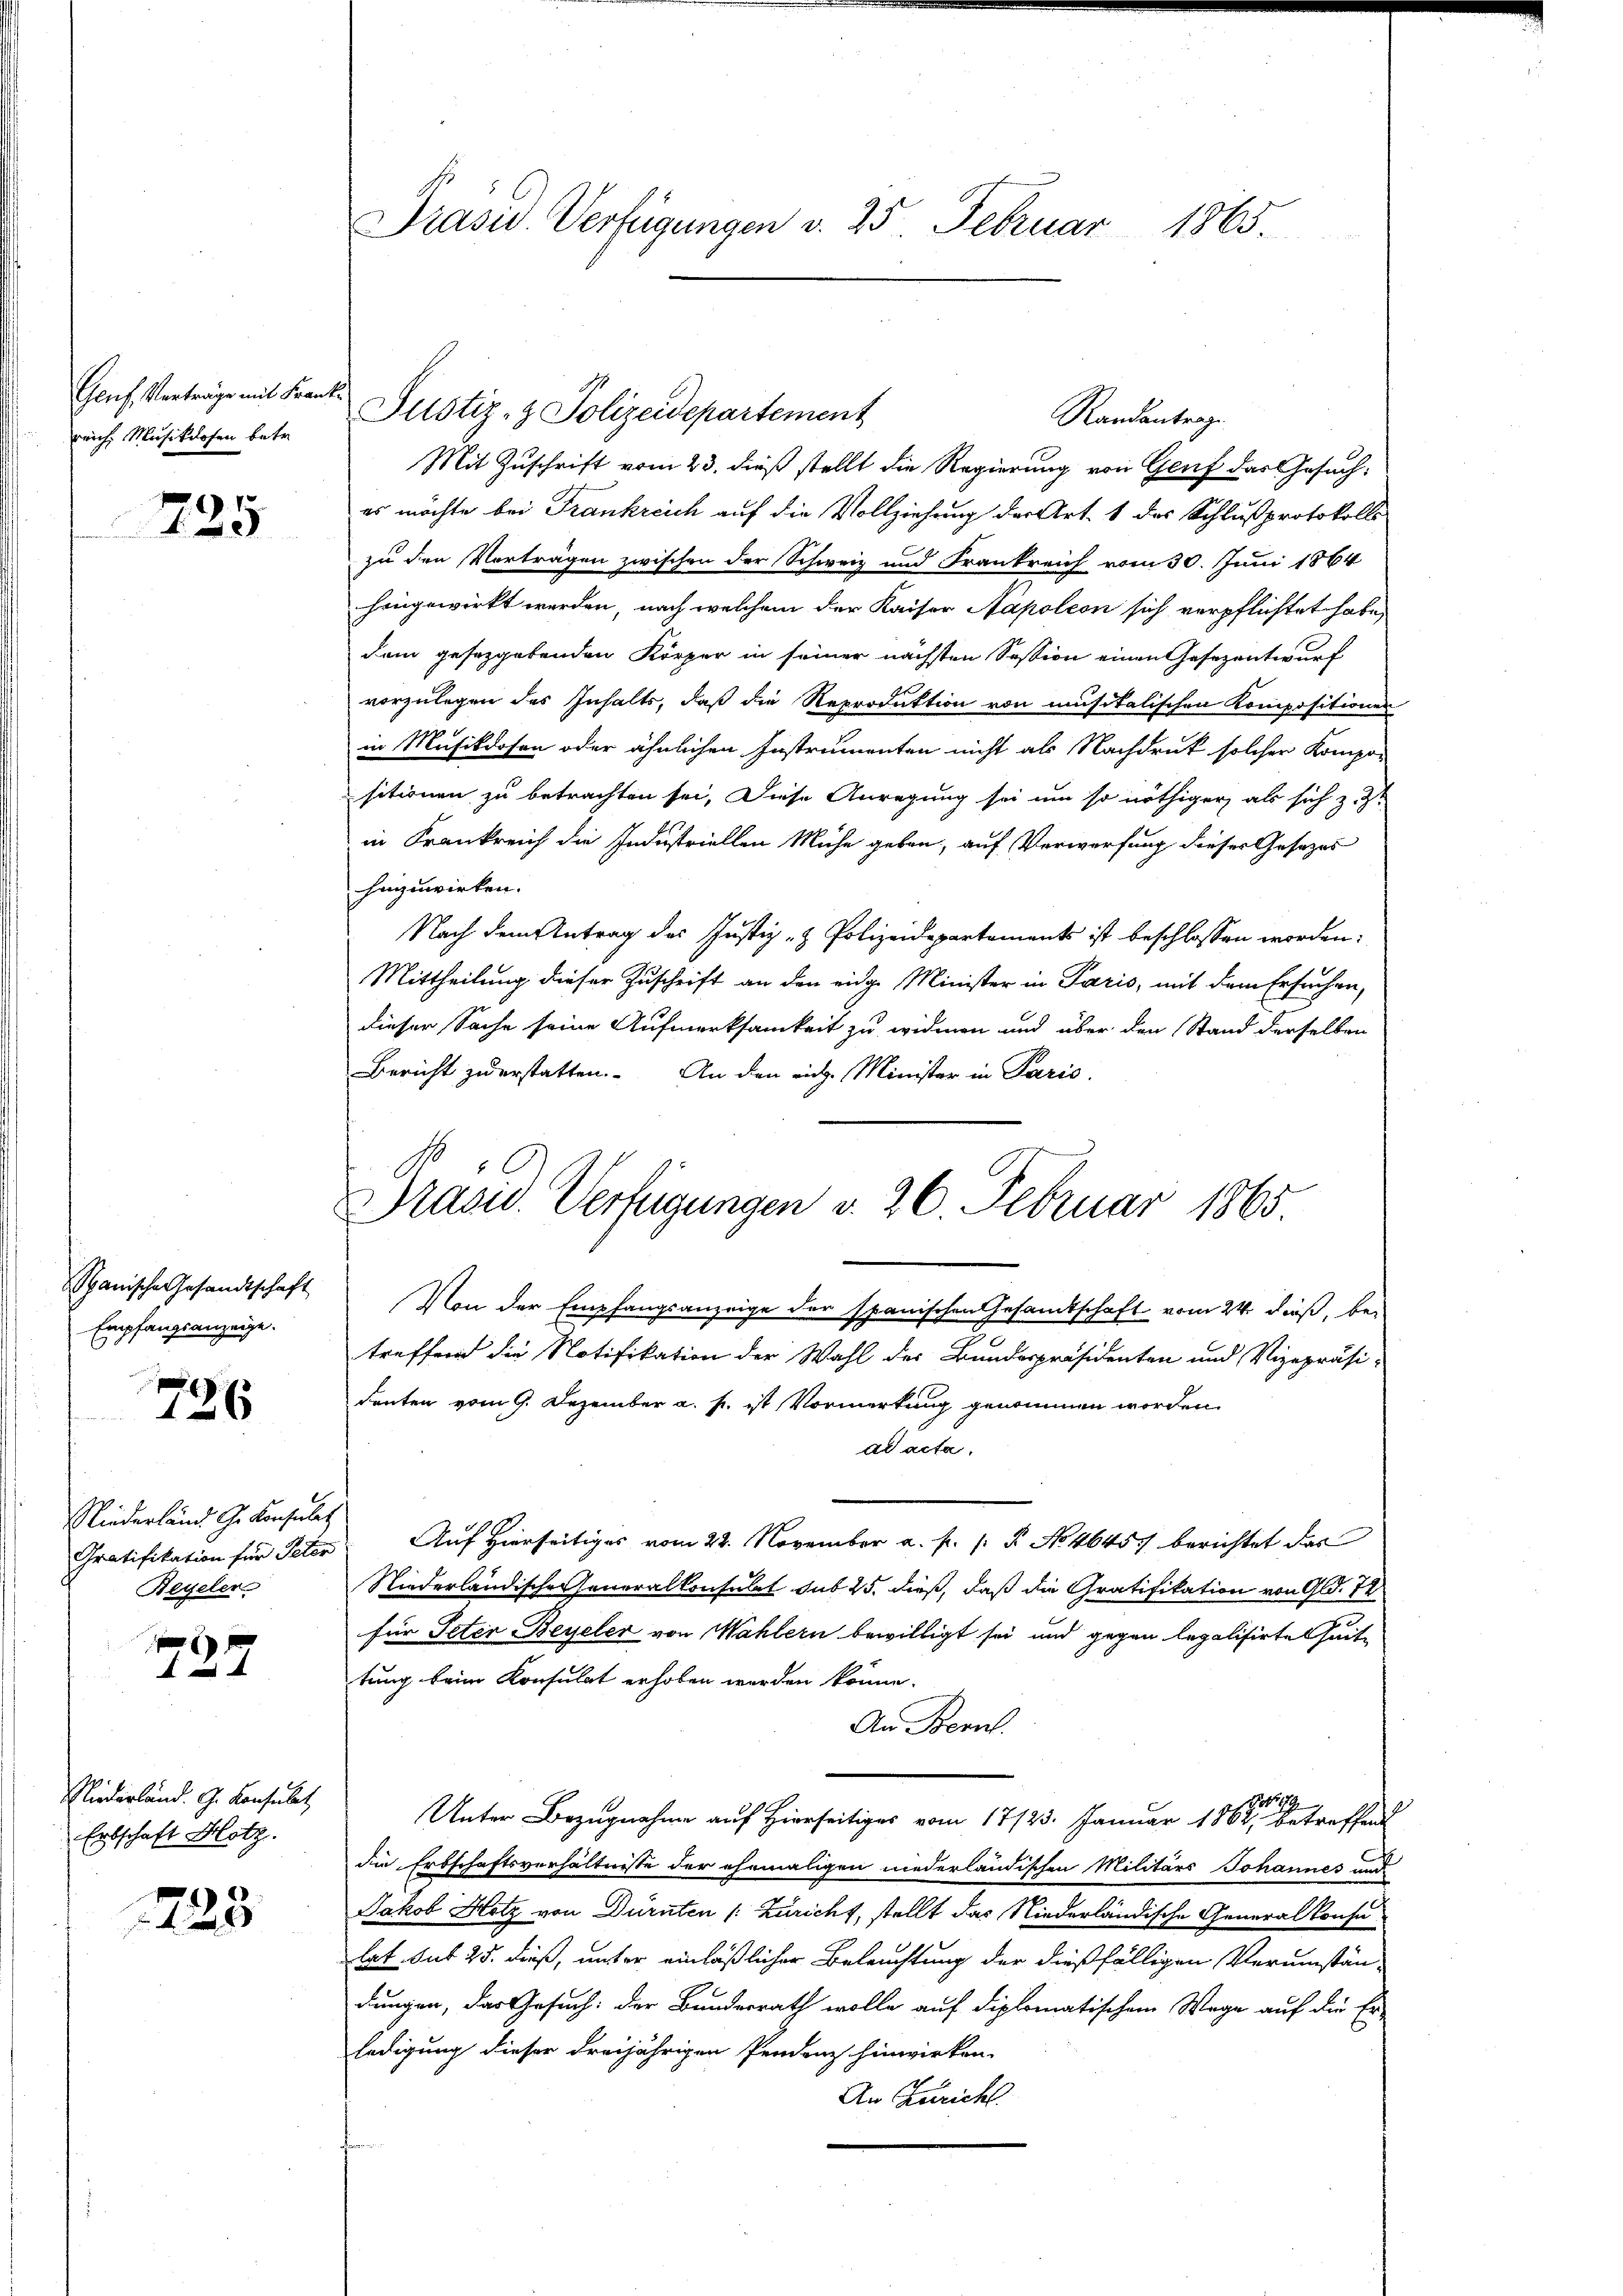
Geuf Verträge mit Franz
reich, Musikdosen betr.

725

Spanische Gesandtschaft
Empfangsanzeige.

726

Niederland G. Konsulat
Gratifikation für Peter
Beyeler

797

Niederländ. G. Konsulat
Erbschaft Hotz.

1223

Präsid. Verfügungen v. 25 Februar 1865

Mit Zuschrift vom 23. dieß stellt die Regierung von Genf das Gesuches möchte bei Frankreich auf die Vollziehung der Art. 1 des Schlußprotokolls
zu den Vorträgen zwischen der Schweiz und Frankreich vom 30. Juni 1864
hingewirkt werden, nach welchem der Kaiser Napoleon sich verpflichtet habe,
dem gesetzgebenden Körper in seiner nächsten Session einen Gesezentwurf
vorzulegen des Inhalts, daß die Reproduktion von musikalischen Kompositionen
in Musikdosen oder ähnlichen Instrumenten nicht als Nachdruck solcher Kompo
sitionen zu betrachten sei. Diese Anregung sei um so nöthiger, als sich z. Zt
in Krankreich die Industriellen Mühe geben, auf Verwerfung dieses Gesezes
hinzuwirken.
Nach dem Antrag des Justiz- & Polizeidepartements ist beschlossen worden:
Mittheilung dieser Zuschrift an den eidge Minister in Paris, mit dem Ersuchen,
dieser Sache seine Aufmerksamkeit zu widmen und über den Stand derselben
Bericht zu erstatten. An den rich. Minister in Paris.
Von der Empfangsanzeige der spanischen Gesandtschaft vom 24. dieß, be-
treffend die Notifikation der Wahl der Bundespräsidenten und Vizepräsi-
denten vom 9. Dezember a. p. ist Vormerkung genommen worden.
ad acta.
Auf hierseitiges vom 22. November a. f. 1 P. No. 4645 berichtet das
Niederländische Generalkonsulat sub 25. dieß, daß die Gratifikation von Gld. 74
für Peter Beyeler von Wahlern bewilligt sei und gegen legalisirtenheit
tung beim Konsulat erhoben werden könne.
An Bernh
7
Unter Bezugnahme auf Hierseitiges vom 17/23. Januar 1862, betreffend
die Erbschaftsverhältnisse der ehemaligen niederländischen Militärs Johannes und
Jakob Hotz von Dürnten /: Züricht, stellt das Niederländische Generalkonsu
lat. Sut 25. dieß, unter einläßlicher Beleuchtung der dießfälligen Verumstän-
dungen, das Gesuch: der Bundesrath wolle auf diplomatischem Wege auf die Er-
ledigung dieser dreijährigen Pendenz hinwirken.
An Züricht

Justiz- & Polizeidepartement

Randantrag.

Prasw. Verfügungen v. 26. Februar 1865